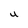
Character: U